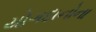
યોગદાનોના